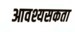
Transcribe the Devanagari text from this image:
आवश्यसकता